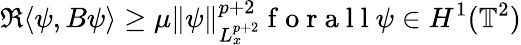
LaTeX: \Re\langle\psi,B\psi\rangle\ge\mu\lVert\psi\rVert_{L_{x}^{p+2}}^{p+2}\mathrm{~f~o~r~a~l~l~}\psi\in H^{1}(\mathbb{T}^{2})